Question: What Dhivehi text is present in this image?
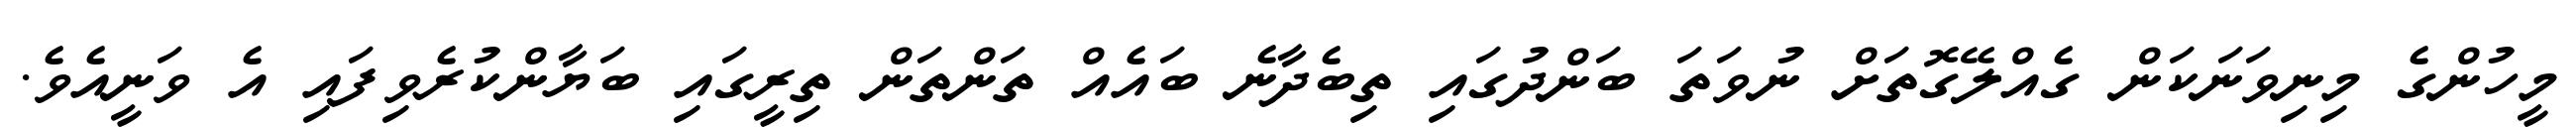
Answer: މީހުންގެ މިނިވަނަކަން ގެއްލޭގޮތަށް ނުވަތަ ބަންދުގައި ތިބެދާނެ ބައެއް ތަންތަން ތިރީގައި ބަޔާންކުރެވިފައި އެ ވަނީއެވެ.